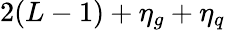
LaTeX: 2(L-1)+\eta_{g}+\eta_{q}